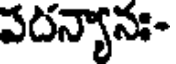
పదన్యానః-